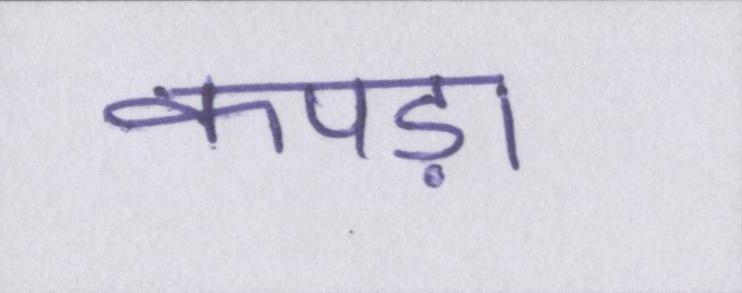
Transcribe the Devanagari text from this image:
कपड़ा